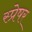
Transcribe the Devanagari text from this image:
स्प्रेषर